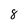
Character: 8